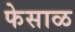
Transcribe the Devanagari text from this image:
फेसाळ